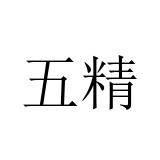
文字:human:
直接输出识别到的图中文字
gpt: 五精